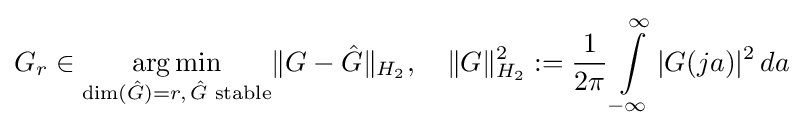
G_{r}\in {\underset {\dim({\hat {G}})=r,\,{\hat {G}}{\text{ stable}}}{\operatorname {arg\min } }}\|G-{\hat {G}}\|_{H_{2}},\quad \|G\|_{H_{2}}^{2}:={\frac {1}{2\pi }}\int \limits _{-\infty }^{\infty }|G(ja)|^{2}\,da